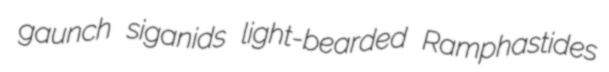
gaunch siganids light-bearded Ramphastides